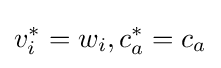
v_{i}^{*}=w_{i},c_{a}^{*}=c_{a}